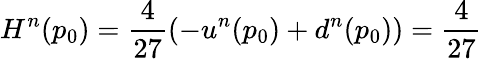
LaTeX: H^{n}(p_{0})=\frac{4}{27}(-u^{n}(p_{0})+d^{n}(p_{0}))=\frac{4}{27}